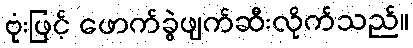
ဗုံးဖြင့် ဖောက်ခွဲဖျက်ဆီးလိုက်သည်။